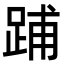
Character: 𨁏